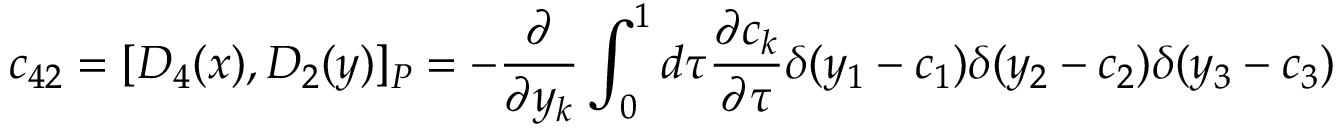
c _ { 4 2 } = [ D _ { 4 } ( x ) , D _ { 2 } ( y ) ] _ { P } = - \frac { \partial } { \partial y _ { k } } \int _ { 0 } ^ { 1 } d \tau \frac { \partial c _ { k } } { \partial \tau } \delta ( y _ { 1 } - c _ { 1 } ) \delta ( y _ { 2 } - c _ { 2 } ) \delta ( y _ { 3 } - c _ { 3 } )